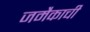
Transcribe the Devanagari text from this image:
जमैकाची